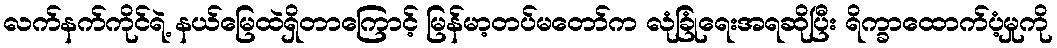
လက်နက်ကိုင်ရဲ့ နယ်မြေထဲရှိတာကြောင့် မြန်မာ့တပ်မတော်က လုံခြုံရေးအရဆိုပြီး ရိက္ခာထောက်ပံ့မှုကို